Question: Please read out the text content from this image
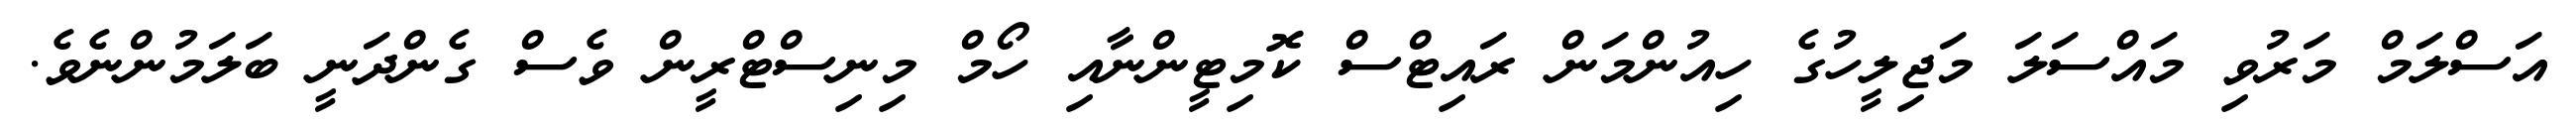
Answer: އަސްލަމް މަރުވި މައްސަލަ މަޖިލީހުގެ ހިއުންމަން ރައިޓްސް ކޮމިޓީންނާއި ހޯމް މިނިސްޓްރީން ވެސް ގެންދަނީ ބަލަމުންނެވެ.